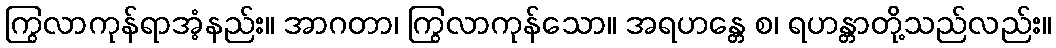
ကြွလာကုန်ရာအံ့နည်း။ အာဂတာ၊ ကြွလာကုန်သော။ အရဟန္တေ စ၊ ရဟန္တာတို့သည်လည်း။